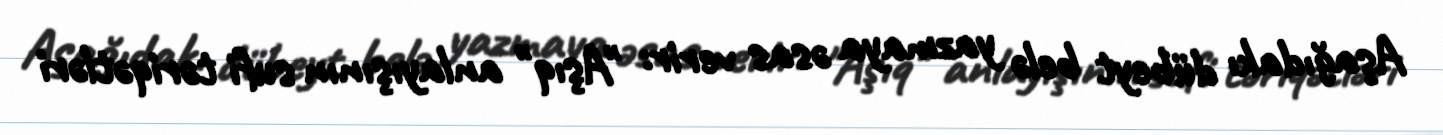
Aşağıdakı dübeyt belə yazmaya əsas verir: "Aşıq" anlayışının sufi təriqətləri